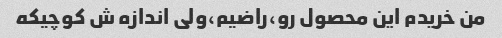
من خریدم این محصول رو،راضیم،ولی اندازه ش کوچیکه